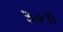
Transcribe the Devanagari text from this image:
३०॥